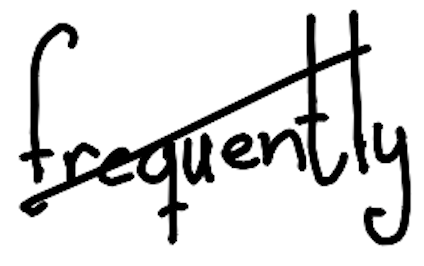
Text: frequently
Cross-out: diagonal
Writing tool: digital_black